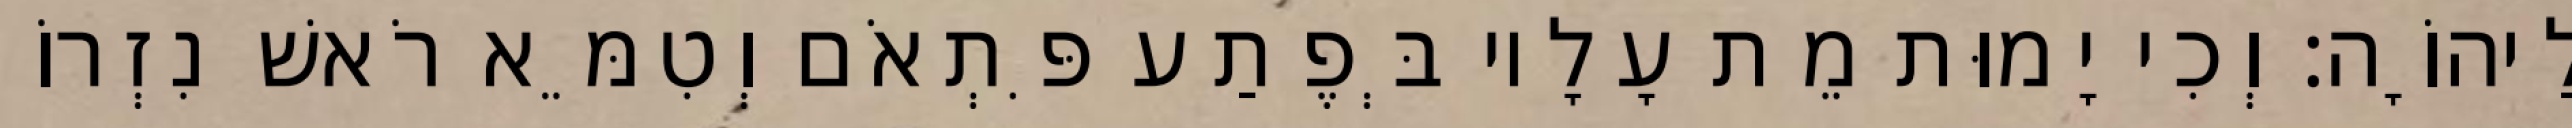
לַיהוָֹה׃ וְכִי יָמוּת מֵת עָלָיו בְּפֶתַע פִּתְאֹם וְטִמֵּא רֹאשׁ נִזְרוֹ